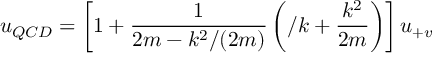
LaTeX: u _ { Q C D } = \left[ 1 + { \frac { 1 } { 2 m - k ^ { 2 } / ( 2 m ) } } \left( \slash k + { \frac { k ^ { 2 } } { 2 m } } \right) \right] u _ { + v }